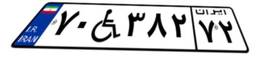
۲۴W۴۹۸۵۵